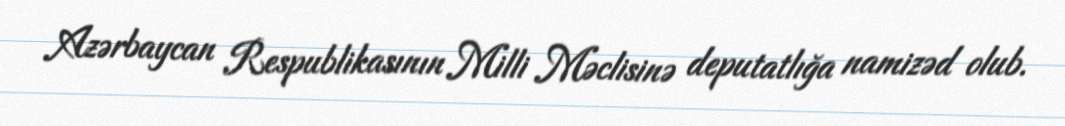
Azərbaycan Respublikasının Milli Məclisinə deputatlığa namizəd olub.